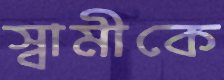
স্বামীকে